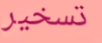
تسخير